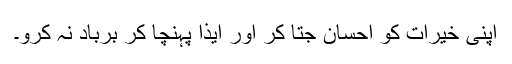
اپنی خیرات کو احسان جتا کر اور ایذا پہنچا کر برباد نہ کرو۔